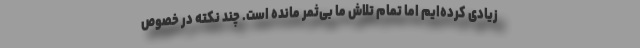
زیادی کرده‌ایم اما تمام تلاش ما بی‌ثمر مانده است. چند نکته در خصوص